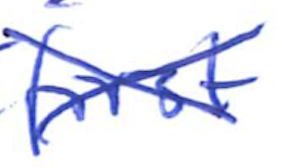
Text: first
Cross-out: cross
Writing tool: ballpoint